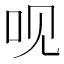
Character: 𠯟